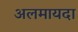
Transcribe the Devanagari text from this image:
अलमायदा